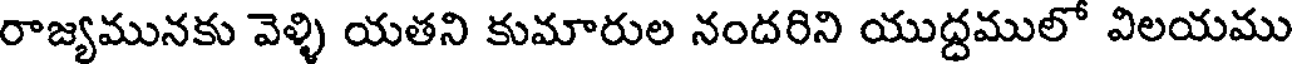
రాజ్యమునకు వెళ్ళి యతని కుమారుల నందరిని యుద్ధములో విలయము